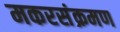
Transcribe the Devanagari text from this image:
मकरसंक्रमण